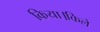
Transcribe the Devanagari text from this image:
किया।किले